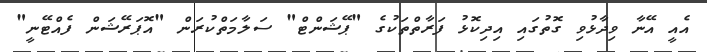
އެއީ އޭނާ ވިދާޅުވި ގޮތުގައި އިދިކޮޅު ފަރާތްތަކުގެ "ޕޭޝަންޓް" ސަލާމަތްކުރަން "އޮޕަރޭޝަން ފެއްޓޭނީ"